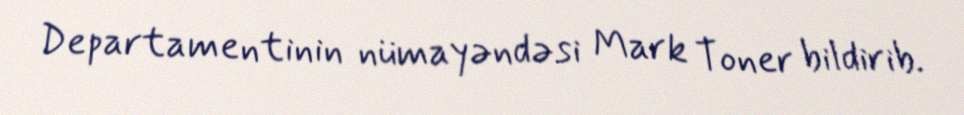
Departamentinin nümayəndəsi Mark Toner bildirib.